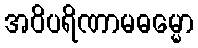
အဝိပရိဏာမဓမ္မော